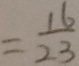
= \frac { 1 6 } { 2 3 }